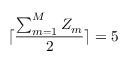
\lceil \frac { \sum _ { m = 1 } ^ { M } Z _ { m } } { 2 } \rceil = 5